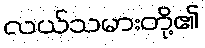
လယ်သမားတို့၏